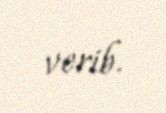
verib.